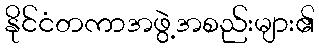
နိုင်ငံတကာအဖွဲ့အစည်းများ၏